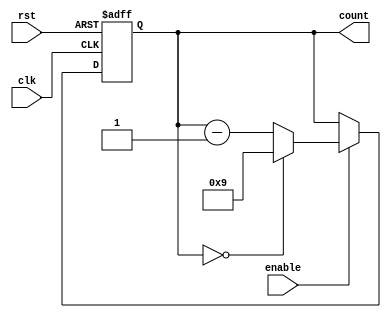
module bcd_down_counter (
    input wire clk,
    input wire rst,
    input wire enable,
    output reg [3:0] count
);

reg [3:0] next_count;

always @(posedge clk or posedge rst) begin
    if (rst) begin
        count <= 4'b0000;
    end else if (enable) begin
        count <= next_count;
    end
end

always @(*) begin
    if (count == 4'b0000) begin
        next_count = 4'b1001;
    end else begin
        next_count = count - 1;
    end
end

endmodule